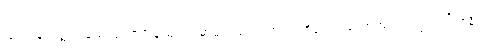
ဖြစ်ကုန်လတ္တံ့။ သေယျထာပိ နာမ၊ ဥပမာမည်သည်ကား။ ပုရိသော၊ ယောကျ်ားသည်။ ပရိသုဒ္ဓံ၊